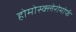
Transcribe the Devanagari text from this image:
होमोस्क्लेरोमोर्फ